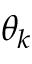
\theta _ { k }